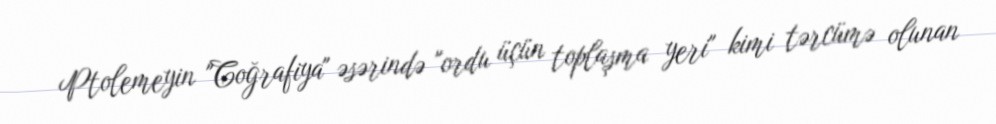
Ptolemeyin "Coğrafiya" əsərində "ordu üçün toplaşma yeri" kimi tərcümə olunan